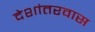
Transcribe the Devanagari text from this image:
देशांतरवास